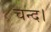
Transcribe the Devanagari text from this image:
चन्‍द।